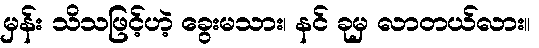
မှန်း သိသဖြင့်ဟဲ့ ခွေးမသား၊ နင် ခုမှ လာတယ်လား။